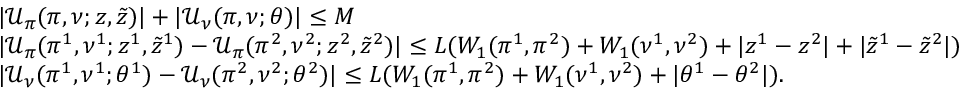
\begin{array} { r l } & { | \mathcal { U } _ { \pi } ( \pi , \nu ; z , \tilde { z } ) | + | \mathcal { U } _ { \nu } ( \pi , \nu ; \theta ) | \leq M } \\ & { | \mathcal { U } _ { \pi } ( \pi ^ { 1 } , \nu ^ { 1 } ; z ^ { 1 } , \tilde { z } ^ { 1 } ) - \mathcal { U } _ { \pi } ( \pi ^ { 2 } , \nu ^ { 2 } ; z ^ { 2 } , \tilde { z } ^ { 2 } ) | \leq L ( W _ { 1 } ( \pi ^ { 1 } , \pi ^ { 2 } ) + W _ { 1 } ( \nu ^ { 1 } , \nu ^ { 2 } ) + | z ^ { 1 } - z ^ { 2 } | + | \tilde { z } ^ { 1 } - \tilde { z } ^ { 2 } | ) } \\ & { | \mathcal { U } _ { \nu } ( \pi ^ { 1 } , \nu ^ { 1 } ; \theta ^ { 1 } ) - \mathcal { U } _ { \nu } ( \pi ^ { 2 } , \nu ^ { 2 } ; \theta ^ { 2 } ) | \leq L ( W _ { 1 } ( \pi ^ { 1 } , \pi ^ { 2 } ) + W _ { 1 } ( \nu ^ { 1 } , \nu ^ { 2 } ) + | \theta ^ { 1 } - \theta ^ { 2 } | ) . } \end{array}